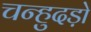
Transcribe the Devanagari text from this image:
चन्हुदड़ो